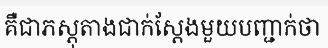
គឺជាភស្តុតាងជាក់ស្តែងមួយបញ្ជាក់ថា